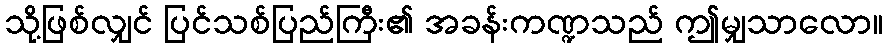
သို့ဖြစ်လျှင် ပြင်သစ်ပြည်ကြီး၏ အခန်းကဏ္ဍသည် ဤမျှသာလော။